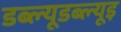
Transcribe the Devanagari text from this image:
डब्ल्यूडब्ल्यूइ